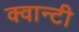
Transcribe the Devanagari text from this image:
क्वान्टी